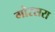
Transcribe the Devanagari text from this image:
गोरसरा